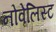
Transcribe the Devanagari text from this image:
नोवेलिस्ट